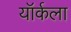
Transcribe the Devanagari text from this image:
यॉर्कला